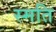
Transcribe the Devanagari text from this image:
स्मति